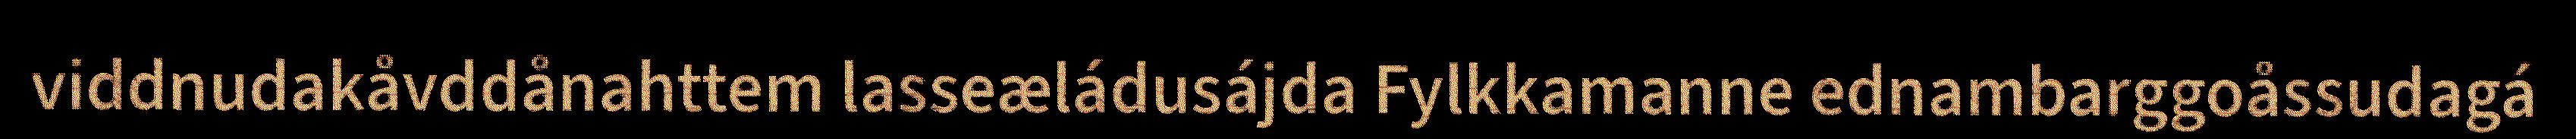
viddnudakåvddånahttem lasseæládusájda Fylkkamanne ednambarggoåssudagá